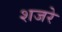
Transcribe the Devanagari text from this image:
शजरे